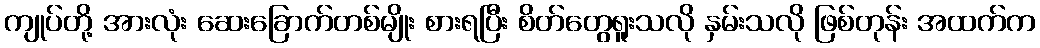
ကျုပ်တို့ အားလုံး ဆေးခြောက်တစ်မျိုး စားရပြီး စိတ်တွေရူးသလို နှမ်းသလို ဖြစ်တုန်း အထက်က